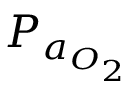
P _ { a _ { O _ { 2 } } }